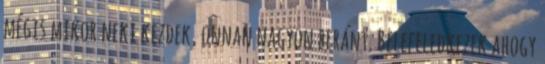
mégis mikor neki kezdek, onnan nagyon beránt. Belefeledkezek ahogy